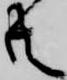
共